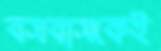
বসবাসকেই